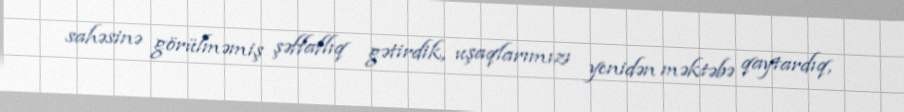
sahəsinə görülməmiş şəffaflıq gətirdik, uşaqlarımızı yenidən məktəbə qaytardıq,